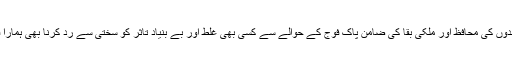
ملکی سرحدوں کی محافظ اور ملکی بقا کی ضامن پاک فوج کے حوالے سے کسی بھی غلط اور بے بنیاد تاثر کو سختی سے رد کرنا بھی ہمارا فرض ہے۔